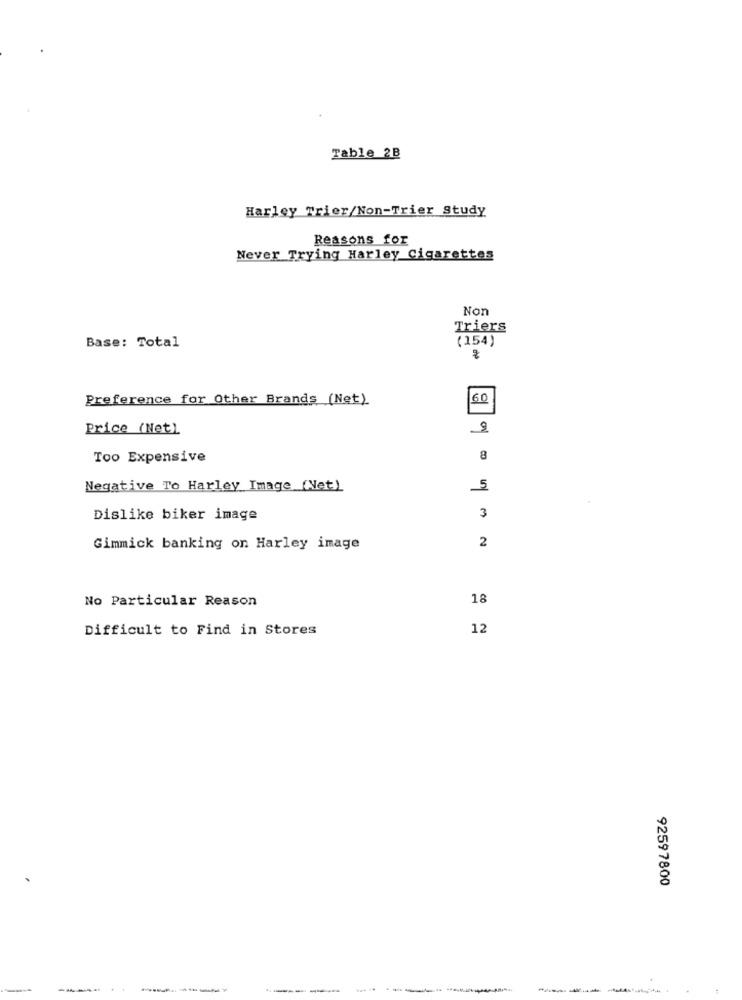
Table 2B
Harley Trier/Non-Trier Study
Reasons for
Never Trying Harley Cigarettes
Non
Triers
(154)
Base: Total
Preference for Other Brands (Net)
60
Price (Net)
Too Expensive
8
Negative To Harley Image (Net)
5
Dislike biker image
3
2
Gimmick banking on Harley image
No Particular Reason
18
Difficult to Find in Stores
12
92597800
---
---------